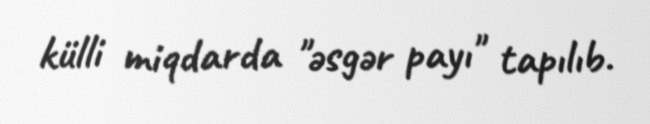
külli miqdarda "əsgər payı" tapılıb.